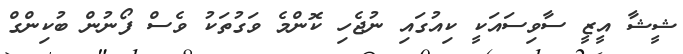
ޝީޝާ އީޒީ ސާވިސައަކީ ކިއުގައި ނުޖެހި ކޮންމެ ވަގުތަކު ވެސް ފޯނުން ބުކިންގް